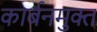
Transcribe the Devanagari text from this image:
कार्बनमुक्त